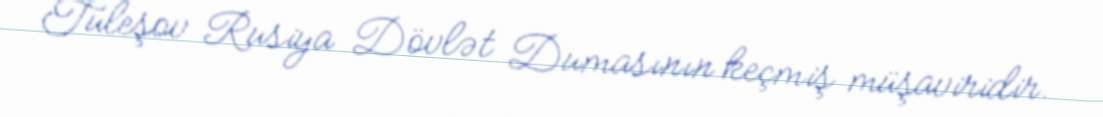
Tuleşov Rusiya Dövlət Dumasının keçmiş müşaviridir.